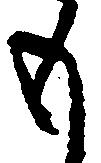
も